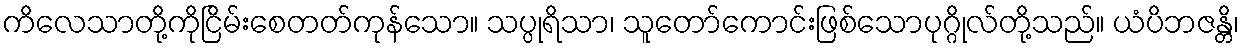
ကိလေသာတို့ကိုငြိမ်းစေတတ်ကုန်သော။ သပ္ပုရိသာ၊ သူတော်ကောင်းဖြစ်သောပုဂ္ဂိုလ်တို့သည်။ ယံပိဘဇန္တိ၊